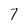
Character: 7